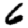
Digit: 6